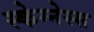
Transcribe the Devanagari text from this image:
स्केग्नेस्स